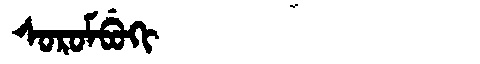
Manchu: ᠰᠣᡵᠣᠮᠪᡠᡴᡳ
Romanization: SOROMBUKI